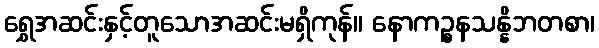
ရွှေအဆင်းနှင့်တူသောအဆင်းမရှိကုန်။ နောကဉ္စနသန္နိဘတစာ၊